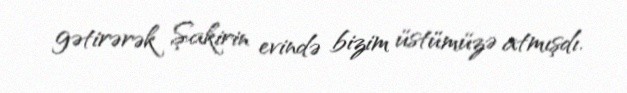
gətirərək Şakirin evində bizim üstümüzə atmışdı.